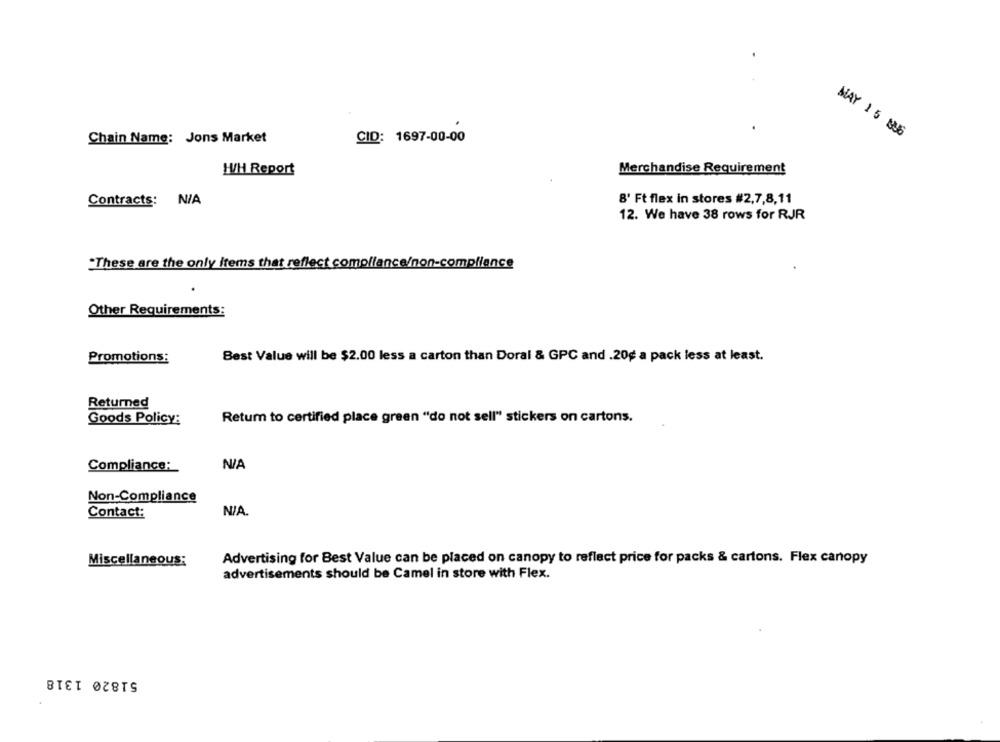
MAY 15 806
Chain Name: Jons Market
CID: 1697-00-00
Merchandise Requirement
W/H Report
Contracts: N/A
8' Ft flex in stores #2,7,8,11
12. We have 38 rows for RJR
"These are the only items that reflect compliance/non-compliance
Other Requirements:
Promotions:
Best Value will be $2.00 less a carton than Doral & GPC and .20¢ a pack less at least.
Returned
Goods Policy:
Retum to certified place green "do not sell" stickers on cartons.
Compliance:
Non-Compliance
N/A.
Contact:
Miscellaneous:
Advertising for Best Value can be placed on canopy to reflect price for packs & cartons. Flex canopy
advertisements should be Camel in store with Flex.
51820 1318